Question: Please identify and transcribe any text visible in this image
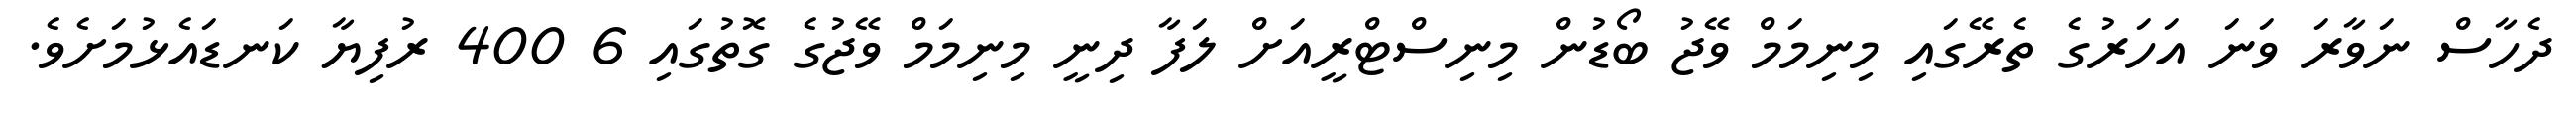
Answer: ދެހާސް ނަވާރަ ވަނަ އަހަރުގެ ތެރޭގައި މިނިމަމް ވޭޖު ބޯޑުން މިނިސްޓްރީއަށް ލަފާ ދިނީ މިނިމަމް ވޭޖުގެ ގޮތުގައި 6 400 ރުފިޔާ ކަނޑައެޅުމަށެވެ.